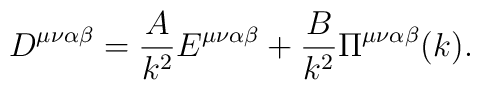
D^{\mu\nu\alpha\beta} = \frac{A}{k^{2}} E^{\mu\nu\alpha\beta} +   \frac{B}{k^{2}} \Pi^{\mu\nu\alpha\beta} (k).